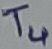
Text: T4